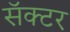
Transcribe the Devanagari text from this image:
सॅक्टर